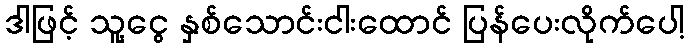
ဒါဖြင့် သူ့ငွေ နှစ်သောင်းငါးထောင် ပြန်ပေးလိုက်ပေါ့